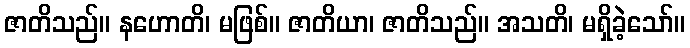
ဇာတိသည်။ နဟောတိ၊ မဖြစ်။ ဇာတိယာ၊ ဇာတိသည်။ အသတိ၊ မရှိခဲ့သော်။